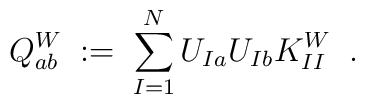
Q^W_{a b} \; := \; \sum_{I=1}^N U_{Ia} U_{Ib} K^W_{II} \; \; .